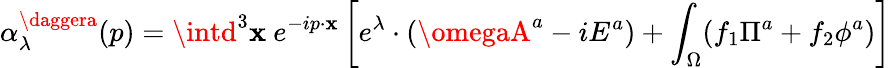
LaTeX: \alpha_{\lambda}^{\daggera}(p)=\intd^{3}\mathbf{x}~e^{-ip\cdot\mathbf{x}}\left[e^{\lambda}\cdot(\omegaA^{a}-iE^{a})+\int_{\Omega}(f_{1}\Pi^{a}+f_{2}\phi^{a})\right]